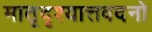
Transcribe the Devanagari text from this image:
मातृदृश्यात्तवदनो